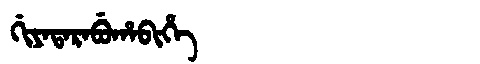
Manchu: ᡤᡳᠶᠠᡨᠠᡵᠠᠪᡠᡥᠠᠪᡳᡥᡝ
Romanization: GIYATARABUHABIHE